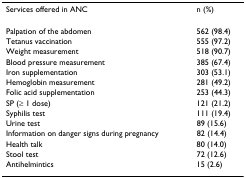
| Services offered in ANC | n (%) |
 | --- | --- |
 | Palpation of the abdomen | 562 (98.4) |
 | Tetanus vaccination | 555 (97.2) |
 | Weight measurement | 518 (90.7) |
 | Blood pressure measurement | 385 (67.4) |
 | Iron supplementation | 303 (53.1) |
 | Hemoglobin measurement | 281 (49.2) |
 | Folic acid supplementation | 253 (44.3) |
 | SP (≥ 1 dose) | 121 (21.2) |
 | Syphilis test | 111 (19.4) |
 | Urine test | 89 (15.6) |
 | Information on danger signs during pregnancy | 82 (14.4) |
 | Health talk | 80 (14.0) |
 | Stool test | 72 (12.6) |
 | Antihelmintics | 15 (2.6) |